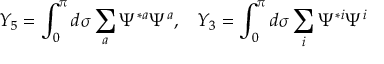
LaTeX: Y _ { 5 } = \int _ { 0 } ^ { \pi } d \sigma \sum _ { a } \Psi ^ { * a } \Psi ^ { a } , \, \, \, \, \, Y _ { 3 } = \int _ { 0 } ^ { \pi } d \sigma \sum _ { i } \Psi ^ { * i } \Psi ^ { i }